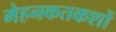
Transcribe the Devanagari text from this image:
मेहनकतकशों